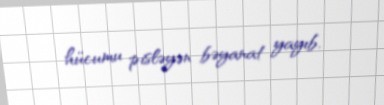
hücumu pisləyən bəyanat yayıb.